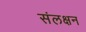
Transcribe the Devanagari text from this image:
संलक्षन